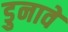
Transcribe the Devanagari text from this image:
डुनावे